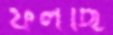
ফলছি